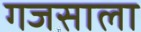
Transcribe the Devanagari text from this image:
गजसाला